Rangoon Lunatic Asylum 1893-1897 - 1893-1897
Year: 1893
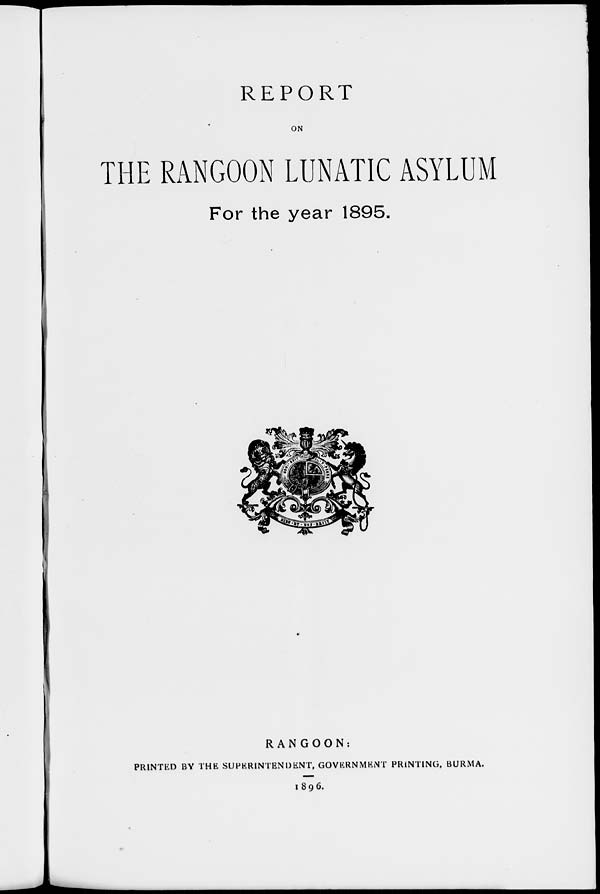
REPORT
ON
THE RANGOON LUNATIC ASYLUM
For the year 1895.
RANGOON:
PRINTED BY THE SUPERINTENDENT, GOVERNMENT PRINTING, BURMA.
1896.